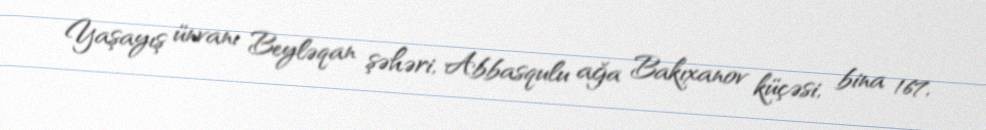
Yaşayış ünvanı Beyləqan şəhəri, Abbasqulu ağa Bakıxanov küçəsi, bina 167,